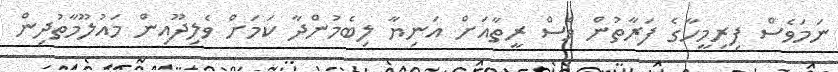
ނަމަވެސް ފިރިމީހާގެ ފަރާތުން ވެސް ރީތާއަށް އަނިޔާ ލިބެމުންދާ ކަމަށް ވެލިދޫއިން މައުލޫމާތުދިން